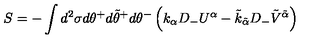
S = - \int d ^ { 2 } \sigma d \theta ^ { + } d \tilde { \theta } ^ { + } d \theta ^ { - } \left( k _ { \alpha } D _ { - } U ^ { \alpha } - \tilde { k } _ { \tilde { \alpha } } D _ { - } \tilde { V } ^ { \tilde { \alpha } } \right)